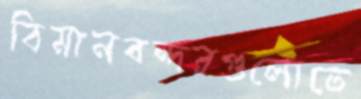
বিমানবন্দরগুলোতে